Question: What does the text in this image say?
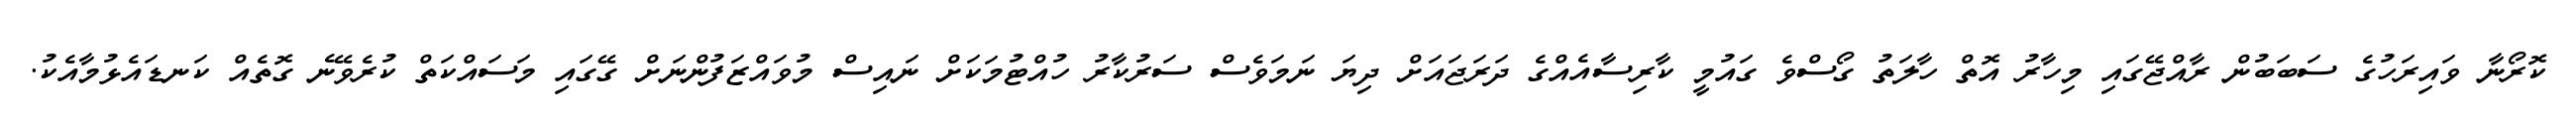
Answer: ކޮރޯނާ ވައިރަހުގެ ސަބަބުން ރާއްޖޭގައި މިހާރު އޮތް ހާލަތު ގޯސްވެ ގައުމީ ކާރިސާއެއްގެ ދަރަޖައަށް ދިޔަ ނަމަވެސް ސަރުކާރު ހުއްޓުމަކަށް ނައިސް މުވައްޒަފުންނަށް ގޭގައި މަސައްކަތް ކުރެވޭނެ ގޮތެއް ކަނޑައެޅުމާއެކު.